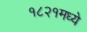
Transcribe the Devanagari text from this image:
१८२१मध्ये